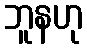
ဘူနဟု